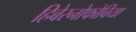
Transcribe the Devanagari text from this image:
हिबेरनोफोबिया